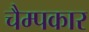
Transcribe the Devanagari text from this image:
चैम्पकार